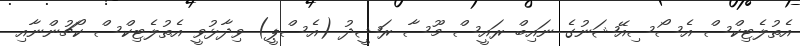
އެތުލެޓިކްސް އެސޯސިއޭޝަނުގެ ނައިބް ރައީސް މޫސާ ރަޝީދު (އެސްޕީ) ވިދާޅުވީ އެތުލެޓިކްސް ކޯޗުންނާއި